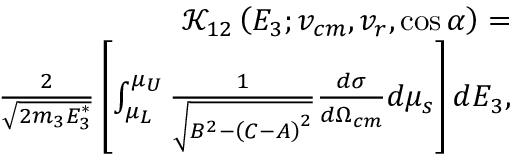
\begin{array} { r l r } & { } & { \mathcal { K } _ { 1 2 } \left( E _ { 3 } ; v _ { c m } , v _ { r } , \cos \alpha \right) = } \\ & { } & { \frac { 2 } { \sqrt { 2 m _ { 3 } E _ { 3 } ^ { * } } } \left[ \int _ { \mu _ { L } } ^ { \mu _ { U } } \frac { 1 } { \sqrt { B ^ { 2 } - \left( C - A \right) ^ { 2 } } } \frac { d \sigma } { d \Omega _ { c m } } d \mu _ { s } \right] d E _ { 3 } , } \end{array}